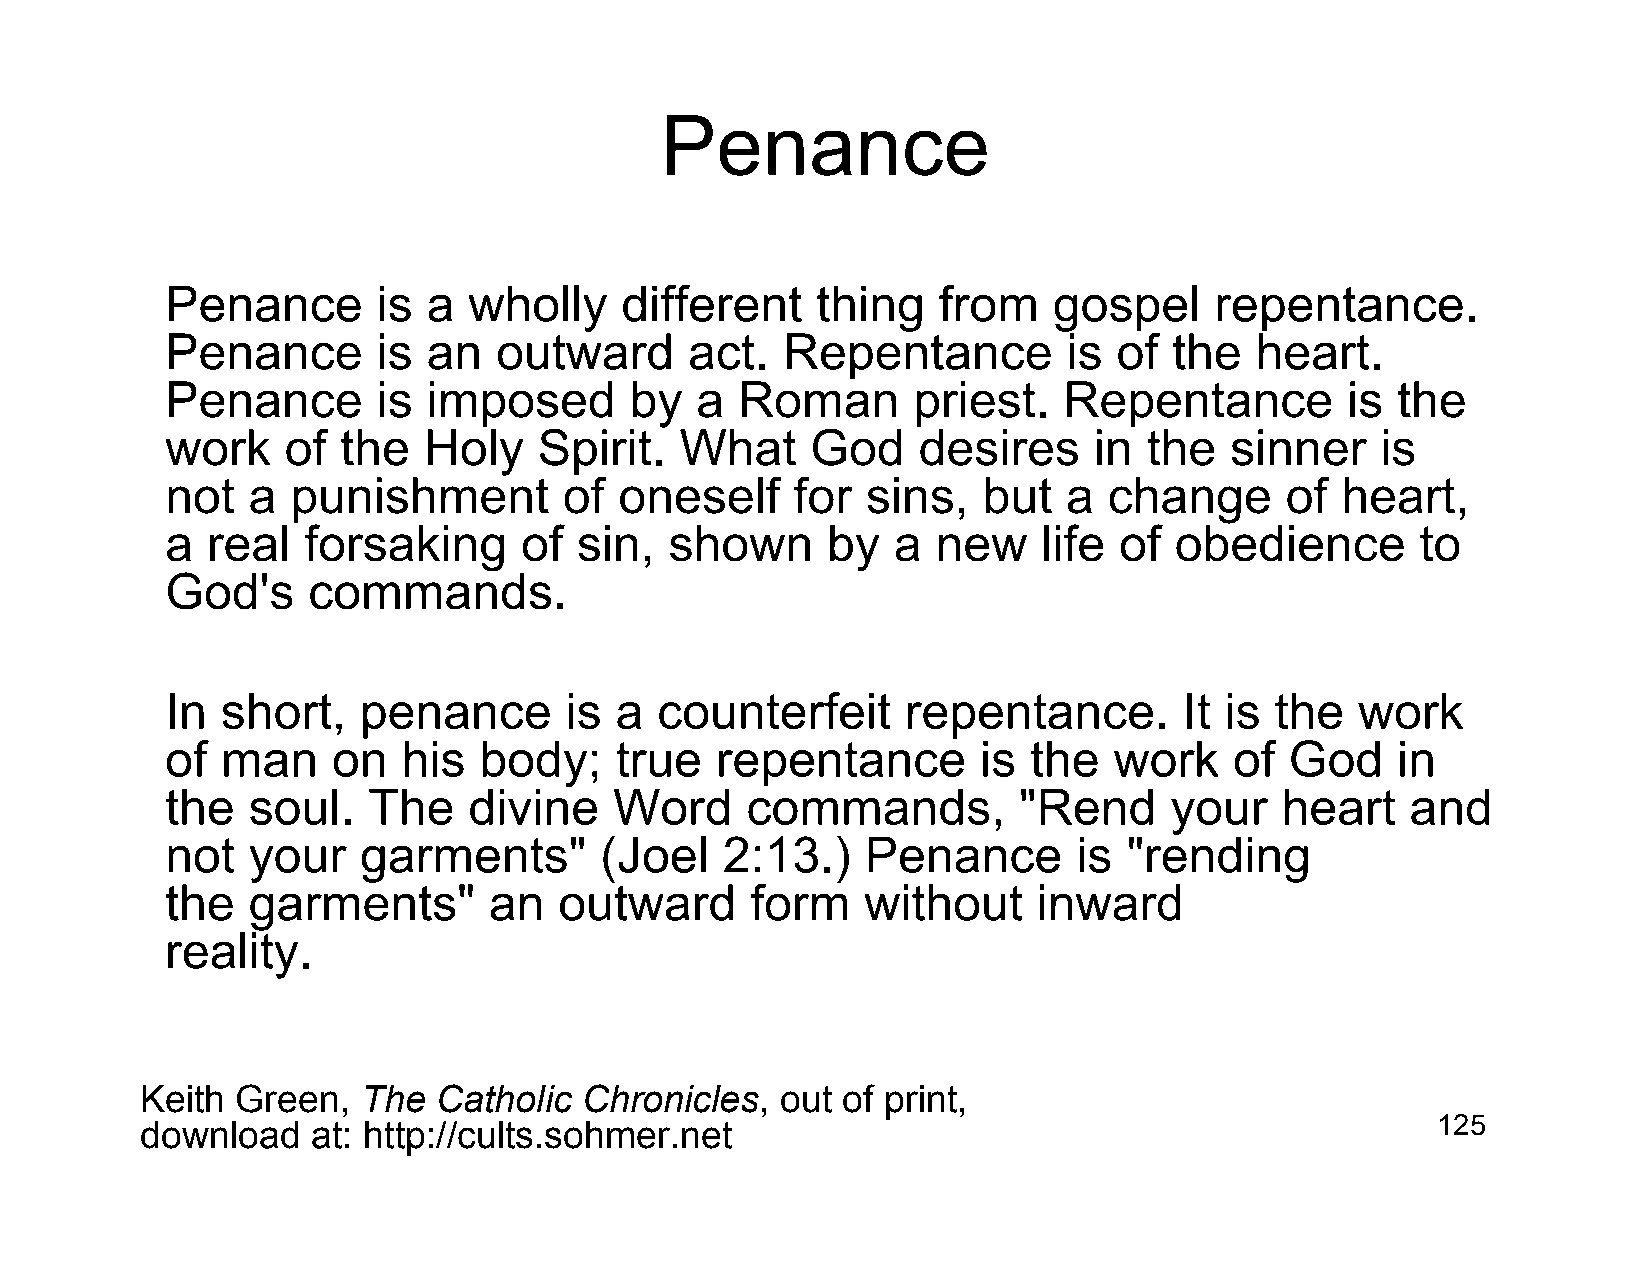
Penance
 Penance       is a  wholly    different    thing   from    gospel    repentance.
 Penance       is an   outward      act.  Repentance         is of  the  heart.
 Penance       is imposed       by  a  Roman      priest.   Repentance         is the
 work    of  the  Holy    Spirit.  What     God    desires    in  the  sinner    is
 not  a  punishment        of  oneself     for sins,   but   a change      of  heart,
 a  real  forsaking     of  sin,  shown      by  a  new    life of  obedience       to
 God's    commands.
 In  short,   penance      is  a counterfeit      repentance.       It is the   work
 of  man    on   his  body;    true  repentance        is the   work    of God    in
 the  soul.   The    divine    Word    commands,         "Rend     your    heart   and
 not  your    garments"       (Joel   2:13.)   Penance       is  "rending
 the  garments"       an   outward      form   without     inward
 reality.
 Keith  Green,  The  Catholic  Chronicles,  out of print,
 download    at: http://cults.sohmer.net                                               125